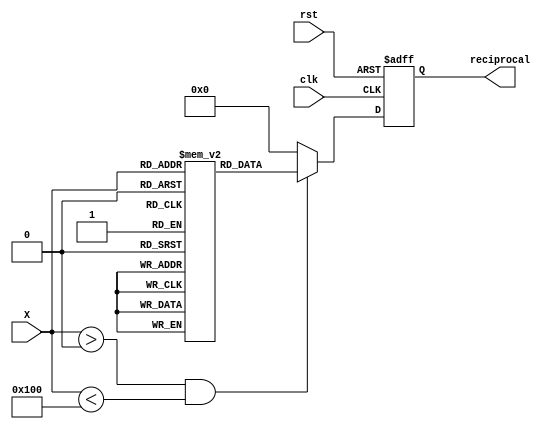
module approx_reciprocal #(
    parameter N = 8,  // Bit-width of input
    parameter M = 4   // Bit-width of output
)(
    input  [N-1:0] X, // N-bit input
    output reg [M-1:0] reciprocal, // M-bit output
    input  clk,       // Clock signal
    input  rst        // Reset signal
);

    // LUT for approximate reciprocal values for specific inputs
    reg [M-1:0] lut [0:255]; // 256 entries for N = 8
    initial begin
        // Example: Precomputed reciprocal values for some inputs
        lut[1] = 4'b1111; // Approx 1.0
        lut[2] = 4'b0111; // Approx 0.5
        lut[3] = 4'b0011; // Approx 0.333
        // Extend this with more values as needed...
        // lut[4] = ..., lut[5] = ..., etc.
        // It is necessary to populate this table with values 
        // that fit the application's accuracy requirement.
    end

    // Input handling and control logic
    always @(posedge clk or posedge rst) begin
        if (rst) begin
            reciprocal <= 0; // Reset output
        end else begin
            if (X > 0 && X < 256) begin
                reciprocal <= lut[X]; // Get approximate reciprocal from LUT
            end else begin
                reciprocal <= 0; // Handle invalid input (zero or too large)
            end
        end
    end

endmodule